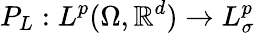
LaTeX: P_{L}:L^{p}(\Omega,\mathbb{R}^{d})\to L_{\sigma}^{p}